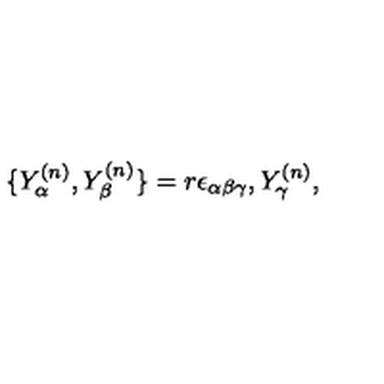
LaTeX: \{ Y _ { \alpha } ^ { ( n ) } , Y _ { \beta } ^ { ( n ) } \} = r \epsilon _ { \alpha \beta \gamma } , Y _ { \gamma } ^ { ( n ) } ,